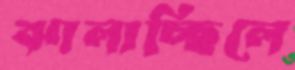
ঝালাচ্ছিলে